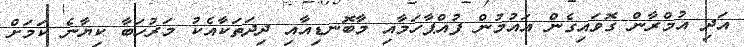
އަދި އުމްރާން ގޮވައިގެން އައުމުން ފުއްޕާހަމާއި މާބޮނޑިއާއި ދިދަތަކާއެކު މަރުހަބާ ކިޔާނެ ކަމަށް